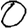
Digit: 0